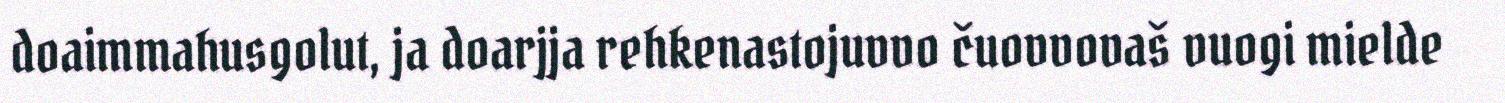
doaimmahusgolut, ja doarjja rehkenastojuvvo čuovvovaš vuogi mielde